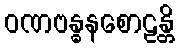
ဝဏဗန္ဓနစောဠန္တိ